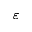
\varepsilon